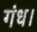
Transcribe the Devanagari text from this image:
गंध।